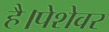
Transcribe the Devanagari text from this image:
है।पेशेवर